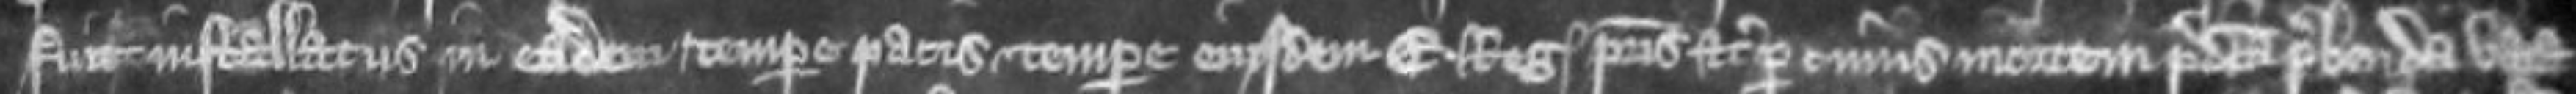
fuit installatus in eadem tempore pacis tempore eiusdem Edwardi Regis patris etc per cuius mortem predicta prebenda vaca